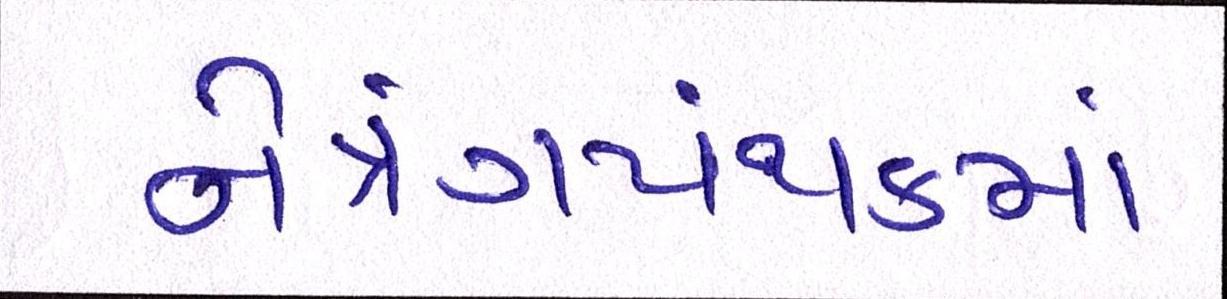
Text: નેત્રંગપંથકમાં